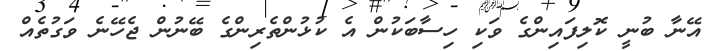
އޭނާ ބުނީ ކޮލިފައިންގެ ވަކި ހިސާބަކުން އެ ކުޅުންތެރިންގެ ބޭނުން ޖެހޭނެ ވަގުތެއް